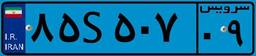
۹۴S۵۹۵۱۱